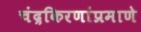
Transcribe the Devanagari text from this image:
चंद्रकिरणांप्रमाणे